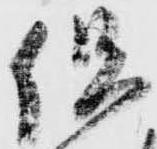
但